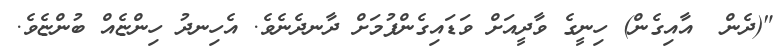
"(ދެން  އާއިގެން) ހިނީގެ ވާދީއަށް ވަޑައިގެންފުމަށް ދާނދެނެވެ. އެހިނދު ހިންޏެއް ބުންޏެވެ.